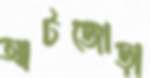
আটজোড়া